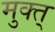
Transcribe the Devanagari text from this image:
मुक्त्